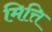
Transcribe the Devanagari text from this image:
मित्ति